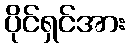
ပိုင်ရှင်အား